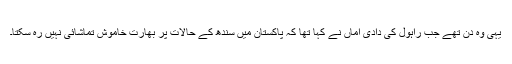
یہی وہ دن تھے جب راہول کی دادی اماں نے کہا تھا کہ پاکستان میں سندھ کے حالات پر بھارت خاموش تماشائی نہیں رہ سکتا۔